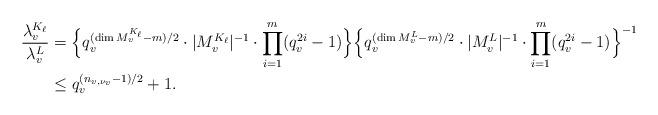
LaTeX: \begin{align*} \frac{\lambda_v^{K_{\ell}}}{\lambda_v^L}&=\Bigl\{q_v^{(\dim M_v^{K_{\ell}}-m)/2}\cdot|M_v^{K_{\ell}}|^{-1}\cdot\prod_{i=1}^{m}(q_v^{2i}-1)\Bigr\}\Bigl\{q_v^{(\dim M_v^L-m)/2}\cdot|M_v^L|^{-1}\cdot\prod_{i=1}^{m}(q_v^{2i}-1)\Bigr\}^{-1}\\ &\leq q_v^{(n_{v,\nu_v}-1)/2}+1.\end{align*}